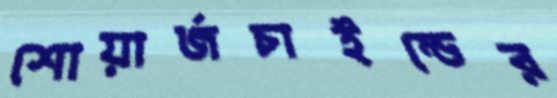
শোয়ার্জচাইল্ডের